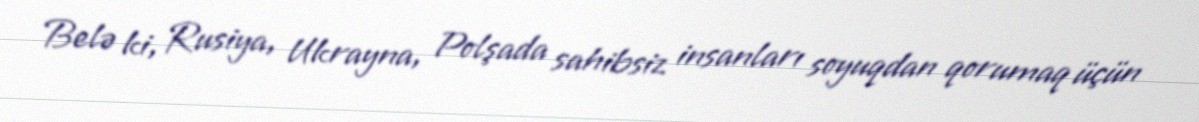
Belə ki, Rusiya, Ukrayna, Polşada sahibsiz insanları soyuqdan qorumaq üçün